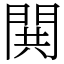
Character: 閧